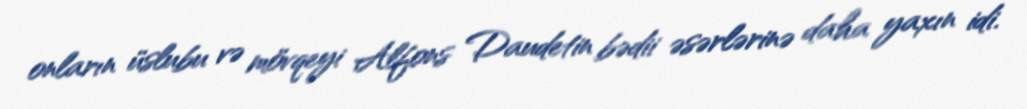
onların üslubu və mövqeyi Alfons Daudetin bədii əsərlərinə daha yaxın idi.